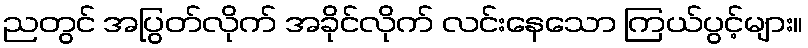
ညတွင် အပြွတ်လိုက် အခိုင်လိုက် လင်းနေသော ကြယ်ပွင့်များ။